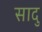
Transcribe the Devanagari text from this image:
सादु